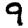
Digit: 9